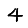
Digit: 4